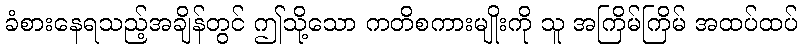
ခံစားနေရသည့်အချိန်တွင် ဤသို့သော ကတိစကားမျိုးကို သူ အကြိမ်ကြိမ် အထပ်ထပ်